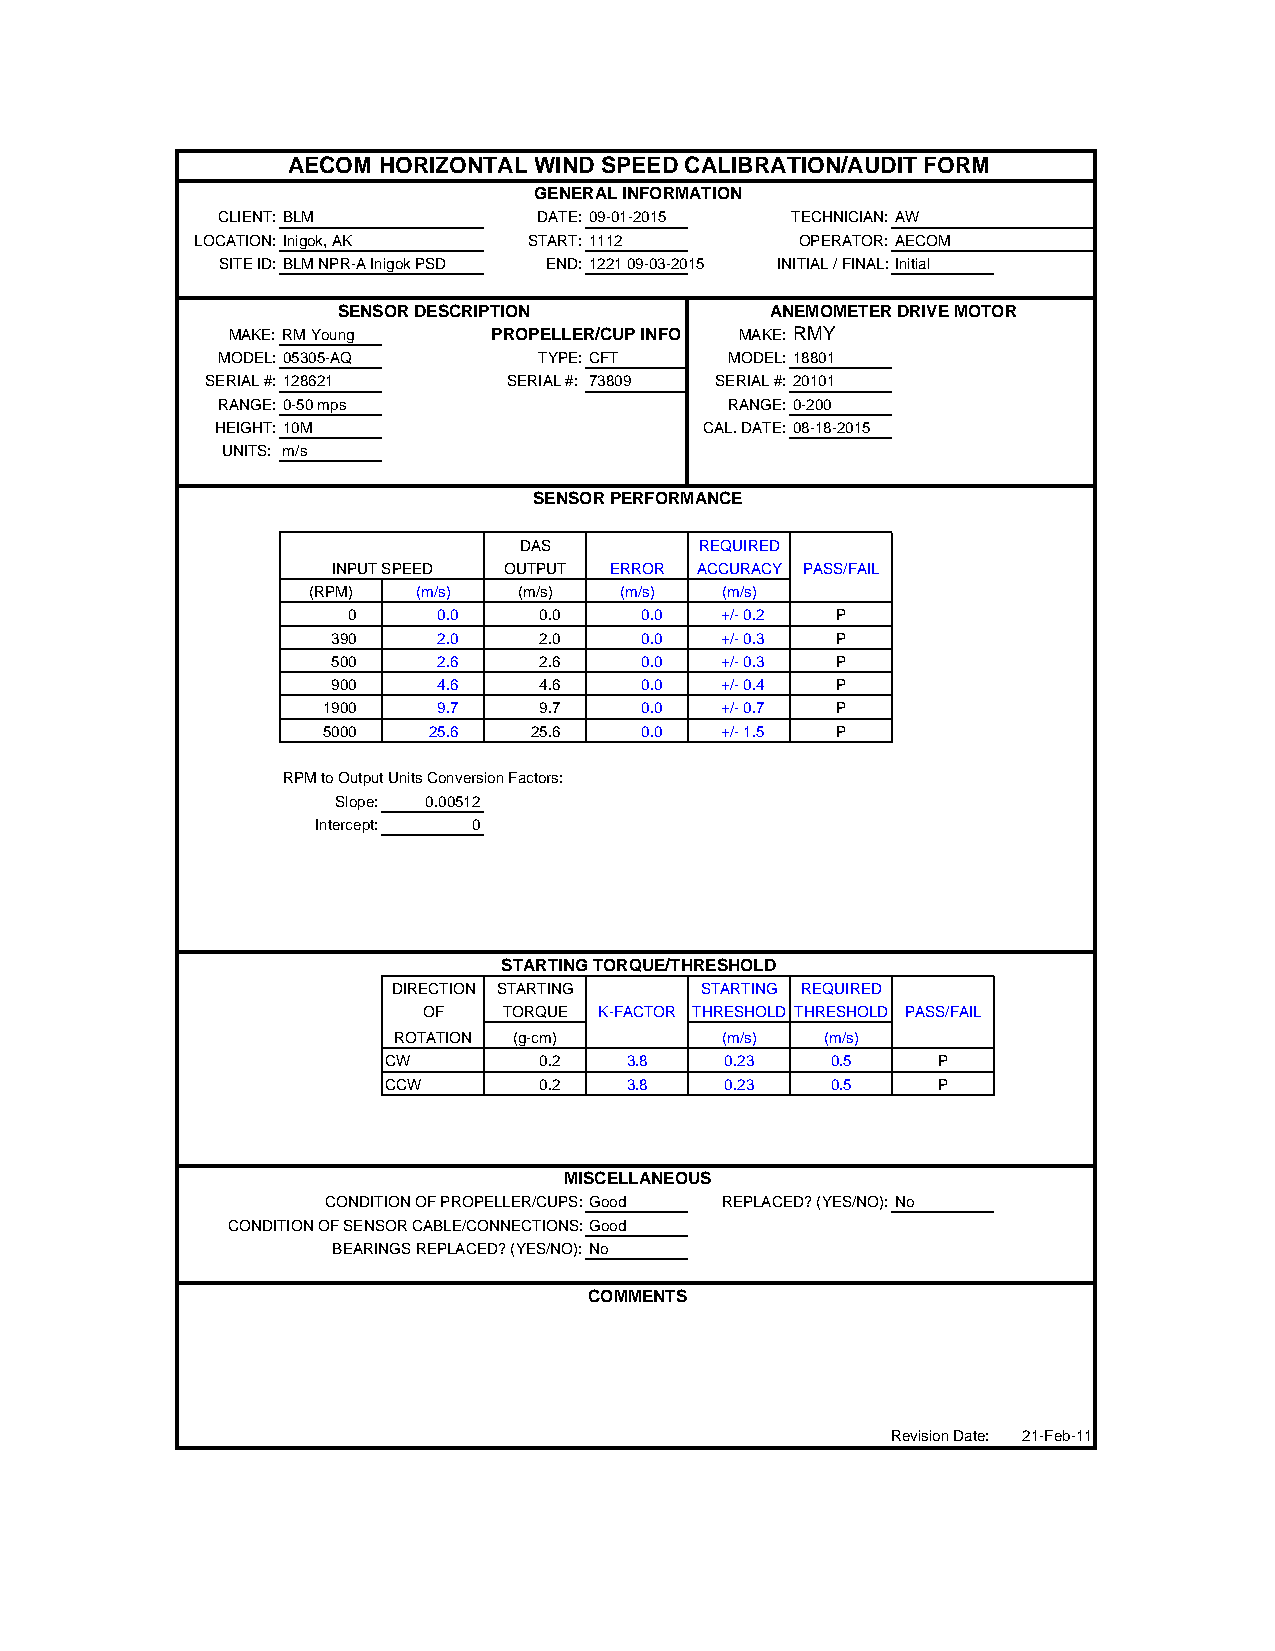
AECOM HORIZONTAL WIND SPEED CALIBRATION/AUDIT FORM
 GENERAL INFORMATION
 CLIENT: BLM           DATE: 09-01-2015 TECHNICIAN:AW
 LOCATION:Inigok, AK   START: 1112       OPERATOR: AECOM
 SITE ID:BLM NPR-A Inigok PSD END: 1221 09-03-2015 INITIAL / FINAL:Initial
 SENSOR DESCRIPTION           ANEMOMETER DRIVE MOTOR
 MAKE: RM Young    PROPELLER/CUP INFO MAKE: RMY
 MODEL: 05305-AQ       TYPE: CFT   MODEL: 18801
 SERIAL #: 128621    SERIAL #: 73809 SERIAL #: 20101
 RANGE: 0-50 mps                   RANGE: 0-200
 HEIGHT:10M                       CAL. DATE: 08-18-2015
 UNITS: m/s
 SENSOR PERFORMANCE
 DAS         REQUIRED
 INPUT SPEED OUTPUT ERROR ACCURACY PASS/FAIL
 (RPM)   (m/s) (m/s)  (m/s)  (m/s)
 0     0.0    0.0   0.0   +/- 0.2 P
 390    2.0    2.0   0.0   +/- 0.3 P
 500    2.6    2.6   0.0   +/- 0.3 P
 900    4.6    4.6   0.0   +/- 0.4 P
 1900    9.7    9.7   0.0   +/- 0.7 P
 5000   25.6   25.6   0.0   +/- 1.5 P
 RPM to Output Units Conversion Factors:
 Slope: 0.00512
 Intercept: 0
 STARTING TORQUE/THRESHOLD
 DIRECTION STARTING  STARTING REQUIRED
 OF   TORQUE K-FACTOR THRESHOLD THRESHOLD PASS/FAIL
 ROTATION (g-cm)       (m/s)  (m/s)
 CW         0.2  3.8    0.23   0.5    P
 CCW        0.2  3.8    0.23   0.5    P
 MISCELLANEOUS
 CONDITION OF PROPELLER/CUPS:Good REPLACED? (YES/NO): No
 CONDITION OF SENSOR CABLE/CONNECTIONS:Good
 BEARINGS REPLACED? (YES/NO): No
 COMMENTS
 Revision Date: 21-Feb-11